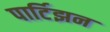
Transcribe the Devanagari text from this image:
पार्टिझन